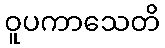
ဝူပကာသေတိ